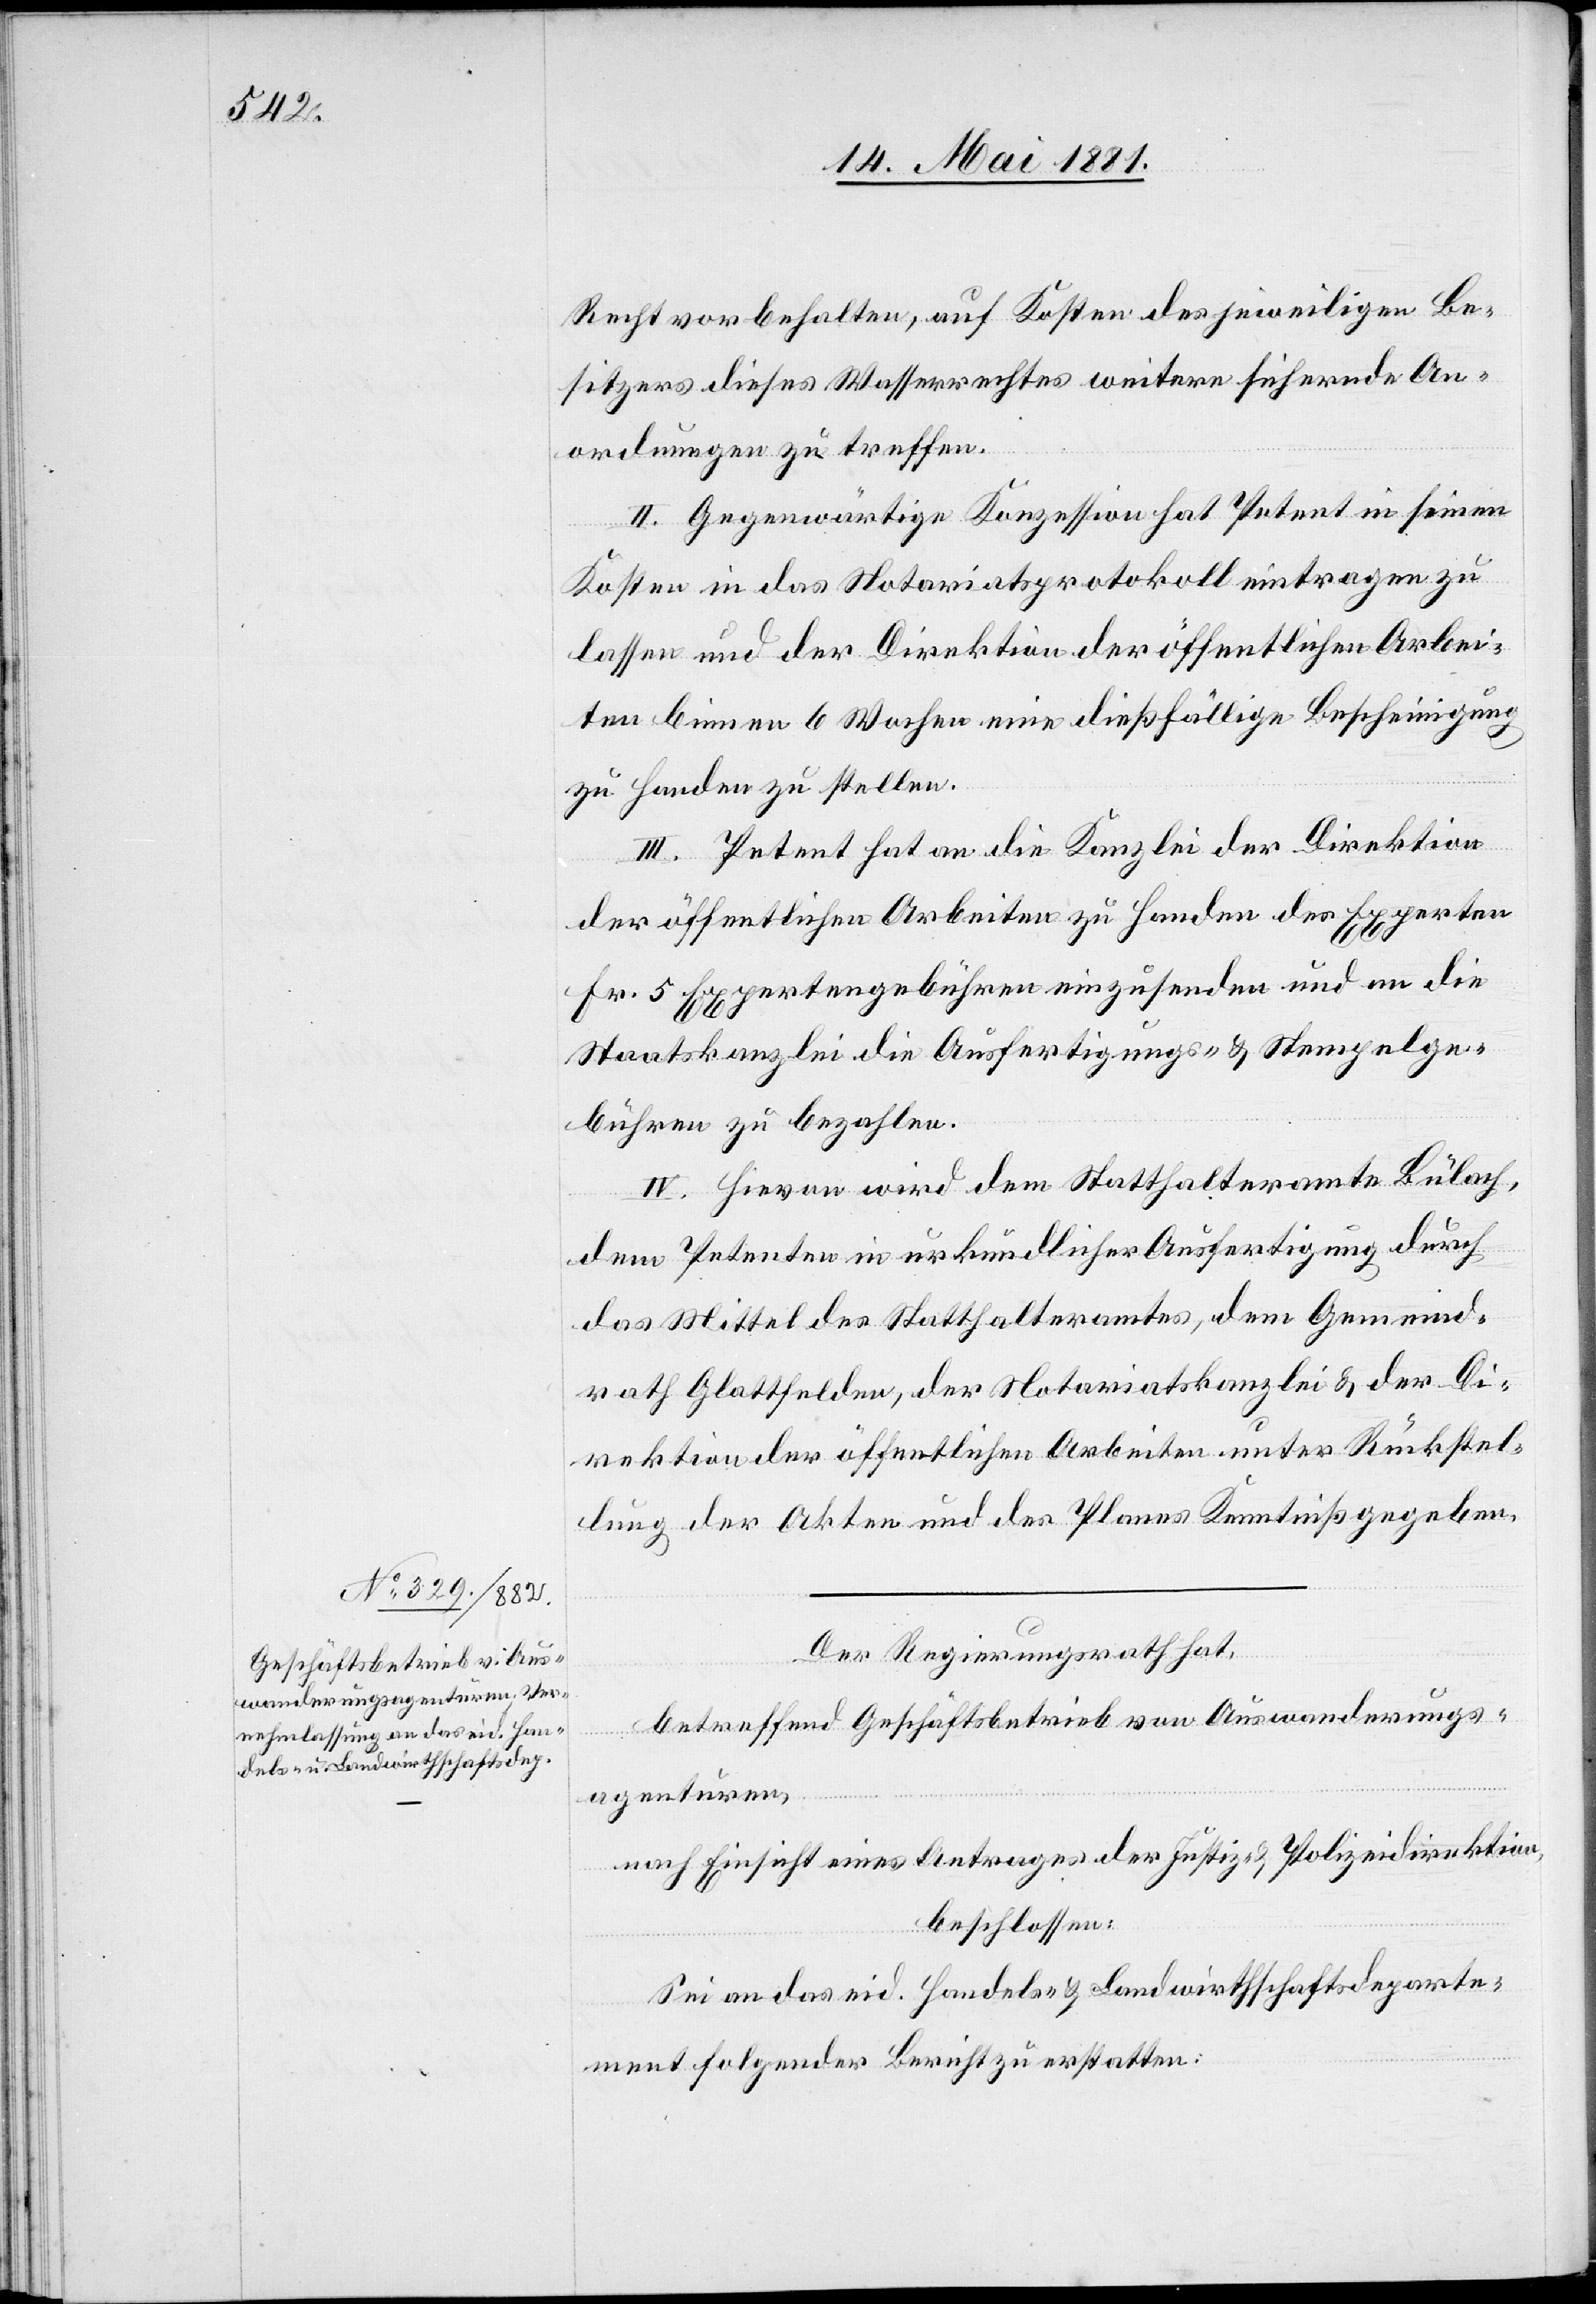
Recht vorbehalten, auf Kosten des jeweiligen Be¬
sitzers dieses Wasserrechtes weitere sichernde An¬
ordnungen zu treffen.
II. Gegenwärtige Konzession hat Petent in seinen
Kosten in das Notariatsprotokoll eintragen zu
lassen und der Direktion der öffentlichen Arbei¬
ten binnen 6 Wochen eine dießfällige Bescheinigung
zu Handen zu stellen.
III. Petent hat an die Kanzlei der Direktion
der öffentlichen Arbeiten zu Handen der Experten
Fr. 5 Expertengebühren einzusenden und an die
Staatskanzlei die Ausfertigungs- & Stempelge¬
bühren zu bezahlen.
IV. Hievon wird dem Statthalteramte Bülach
dem Petenten in urkundlicher Ausfertigung durch
das Mittel des Statthalteramtes, dem Gemeind¬
rath Glattfelden, der Notariatskanzlei & der Di¬
rektion der öffentlichen Arbeiten unter Rückstel¬
lung der Akten und des Planes Kenntniß gegeben.
Der Regierungsrath hat,
betreffend Geschäftsbetrieb von Auswanderungs¬
agenturen,
nach Einsicht eines Antrages der Justiz- & Polizeidirektion,
beschlossen:
Sei an das eid. Handels- & Landwirthschaftsdeparte¬
ment folgender Bericht zu erstatten: